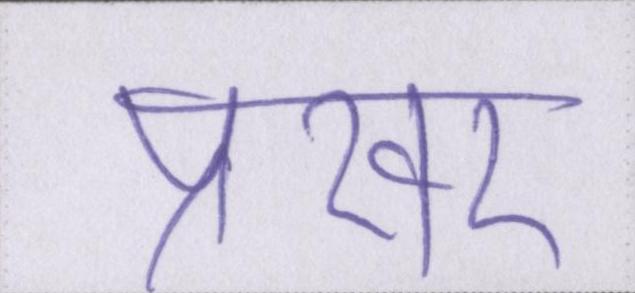
प्रखर